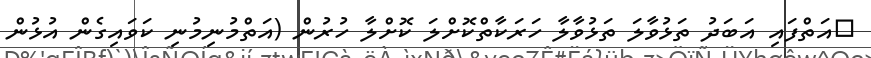
އަތްފައި އަބަދު ތަޅުވާލަ ތަޅުވާލާ ހަރަކާތްކޮށްލަ ކޮށްލާ ހުރުން (އަތްމުނިމުނި ކަވައިގެން އުޅުން